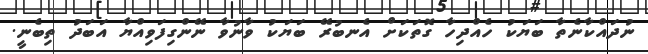
ނުދައްކާނެތާ ބަޔަކު ހެއްދިހާ ގޮތަކަށް އެނބުރޭ ބަޔަކު ވާނުވާ ނޭންގިފަވިއްޔާ އަބަދު ތިބެނީ.